画像に写った文字を読んでください
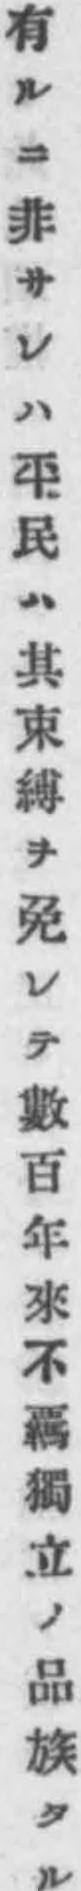
「有ルニ非サレハ平民ハ其束縛ヲ免レテ數百年來不覊獨立ノ品族タル」と書いてあります